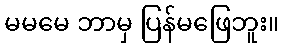
မမမေ ဘာမှ ပြန်မဖြေဘူး။